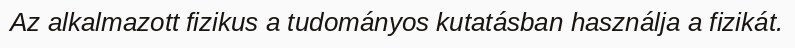
Az alkalmazott fizikus a tudományos kutatásban használja a fizikát.